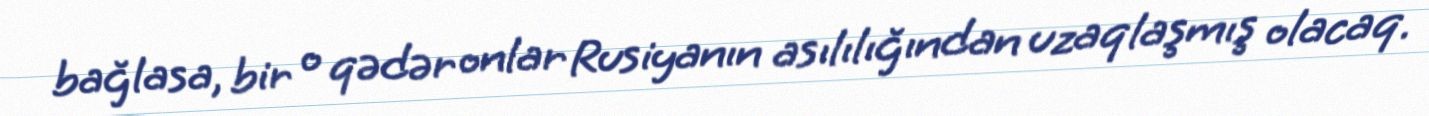
bağlasa, bir o qədər onlar Rusiyanın asılılığından uzaqlaşmış olacaq.